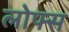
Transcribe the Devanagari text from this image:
लोफ्स